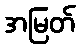
အမြတ်